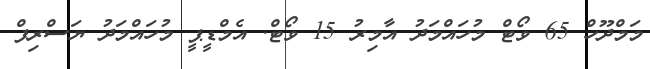
މަމްދޫހް 65 ވޯޓް މުހައްމަދު އާމިރު 15 ވޯޓް. އެމްޑީޕީ މުހައްމަދު ޔަސްރިފް